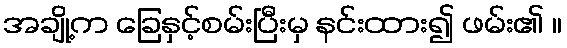
အချို့က ခြေနှင့်စမ်းပြီးမှ နင်းထား၍ ဖမ်း၏ ။